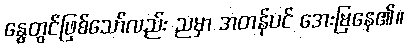
နွေတွင်ဖြစ်သော်လည်း ညမှာ အတန်ပင် အေးမြနေ၏။